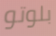
بلوتو